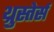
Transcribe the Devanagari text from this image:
थ्रुस्तेर्स